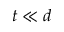
t \ll d